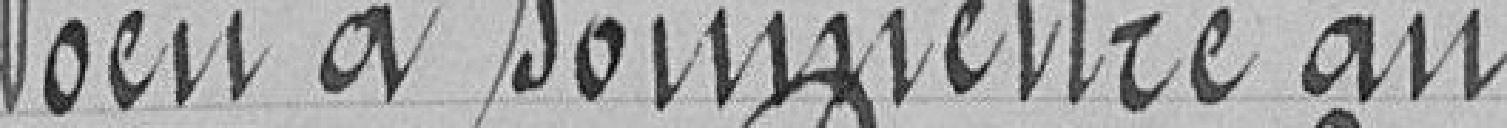
Vœu à soumettre au